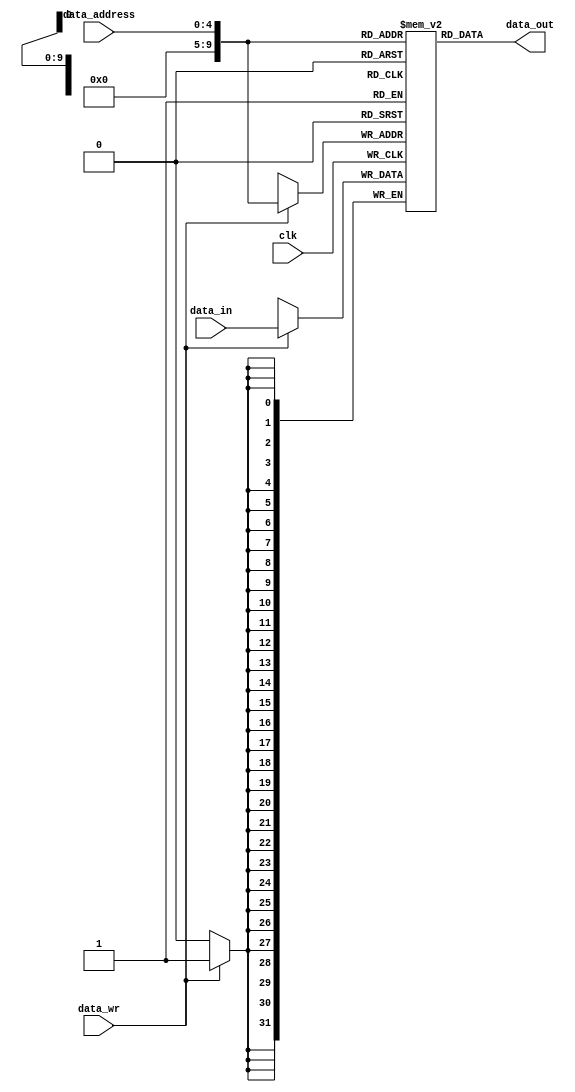
module DM(data_address, data_in, data_wr, clk, data_out);

input	[4:0]		data_address;
input	[31:0]		data_in;
input				data_wr;
input				clk;

output	[31:0]		data_out;

reg	[31:0]		data_mem[1023:0];

always@(posedge clk)begin
	if(data_wr == 1)
		data_mem[data_address] <= data_in;
end

assign data_out = data_mem[data_address];

endmodule